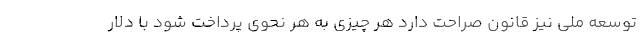
توسعه ملی نیز قانون صراحت دارد هر چیزی به هر نحوی پرداخت شود با دلار